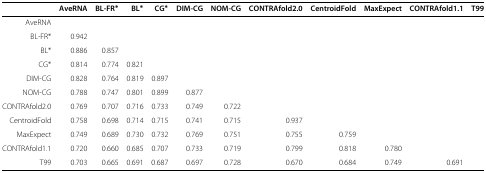
<table><thead><tr><td><b> </b></td><td><b>AveRNA</b></td><td><b>BL-FR<sup>∗</sup></b></td><td><b>BL<sup>∗</sup></b></td><td><b>CG<sup>∗</sup></b></td><td><b>DIM-CG</b></td><td><b>NOM-CG</b></td><td><b>CONTRAfold2.0</b></td><td><b>CentroidFold</b></td><td><b>MaxExpect</b></td><td><b>CONTRAfold1.1</b></td><td><b>T99</b></td></tr></thead><tbody><tr><td>AveRNA</td><td> </td><td> </td><td> </td><td> </td><td> </td><td> </td><td> </td><td> </td><td> </td><td> </td><td> </td></tr><tr><td>BL-FR*</td><td>0.942</td><td> </td><td> </td><td> </td><td> </td><td> </td><td> </td><td> </td><td> </td><td> </td><td> </td></tr><tr><td>BL*</td><td>0.886</td><td>0.857</td><td> </td><td> </td><td> </td><td> </td><td> </td><td> </td><td> </td><td> </td><td> </td></tr><tr><td>CG*</td><td>0.814</td><td>0.774</td><td>0.821</td><td> </td><td> </td><td> </td><td> </td><td> </td><td> </td><td> </td><td> </td></tr><tr><td>DIM-CG</td><td>0.828</td><td>0.764</td><td>0.819</td><td>0.897</td><td> </td><td> </td><td> </td><td> </td><td> </td><td> </td><td> </td></tr><tr><td>NOM-CG</td><td>0.788</td><td>0.747</td><td>0.801</td><td>0.899</td><td>0.877</td><td> </td><td> </td><td> </td><td> </td><td> </td><td> </td></tr><tr><td>CONTRAfold2.0</td><td>0.769</td><td>0.707</td><td>0.716</td><td>0.733</td><td>0.749</td><td>0.722</td><td> </td><td> </td><td> </td><td> </td><td> </td></tr><tr><td>CentroidFold</td><td>0.758</td><td>0.698</td><td>0.714</td><td>0.715</td><td>0.741</td><td>0.715</td><td>0.937</td><td> </td><td> </td><td> </td><td> </td></tr><tr><td>MaxExpect</td><td>0.749</td><td>0.689</td><td>0.730</td><td>0.732</td><td>0.769</td><td>0.751</td><td>0.755</td><td>0.759</td><td> </td><td> </td><td> </td></tr><tr><td>CONTRAfold1.1</td><td>0.720</td><td>0.660</td><td>0.685</td><td>0.707</td><td>0.733</td><td>0.719</td><td>0.799</td><td>0.818</td><td>0.780</td><td> </td><td> </td></tr><tr><td>T99</td><td>0.703</td><td>0.665</td><td>0.691</td><td>0.687</td><td>0.697</td><td>0.728</td><td>0.670</td><td>0.684</td><td>0.749</td><td>0.691</td><td> </td></tr></tbody></table>